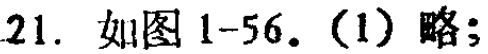
21. 如图1-56. (1) 略;